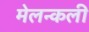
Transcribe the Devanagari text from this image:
मेलन्कली